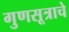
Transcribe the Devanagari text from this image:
गुणसूत्राचे